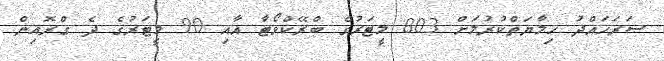
ސަރަހައްދު ހިމާޔަތްކުރުމަށް 803 މީޓަރުގެ ބްރޭކްވޯޓާ އާއި 90 މީޓަރުގެ ދެ ގްރޮއިން